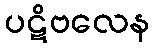
ပဋိဗလေန